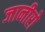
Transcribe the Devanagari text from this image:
जानीरो